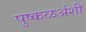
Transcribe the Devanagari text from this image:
पुष्कळअंशी